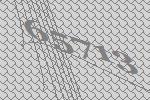
65713